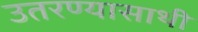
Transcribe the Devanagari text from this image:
उतरण्यासाथी